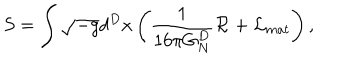
LaTeX: S = \int \sqrt { - g } d ^ { D } x \left( { \frac { 1 } { 1 6 \pi G _ { N } ^ { D } } } { \cal R } + { \cal L } _ { m a t } \right) ,